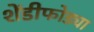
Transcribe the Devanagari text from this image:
शेंडीफोड्या